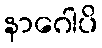
နာဂေါပိ